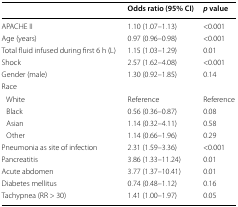
<table><thead><tr><td></td><td><b>Odds ratio (95% CI)</b></td><td><b><i>p</i> value</b></td></tr></thead><tbody><tr><td>APACHE II</td><td>1.10 (1.07–1.13)</td><td>&lt;0.001</td></tr><tr><td>Age (years)</td><td>0.97 (0.96–0.98)</td><td>&lt;0.001</td></tr><tr><td>Total fluid infused during first 6 h (L)</td><td>1.15 (1.03–1.29)</td><td>0.01</td></tr><tr><td>Shock</td><td>2.57 (1.62–4.08)</td><td>&lt;0.001</td></tr><tr><td>Gender (male)</td><td>1.30 (0.92–1.85)</td><td>0.14</td></tr><tr><td>Race</td><td></td><td></td></tr><tr><td> White</td><td>Reference</td><td>Reference</td></tr><tr><td> Black</td><td>0.56 (0.36–0.87)</td><td>0.08</td></tr><tr><td> Asian</td><td>1.14 (0.32–4.11)</td><td>0.58</td></tr><tr><td> Other</td><td>1.14 (0.66–1.96)</td><td>0.29</td></tr><tr><td>Pneumonia as site of infection</td><td>2.31 (1.59–3.36)</td><td>&lt;0.001</td></tr><tr><td>Pancreatitis</td><td>3.86 (1.33–11.24)</td><td>0.01</td></tr><tr><td>Acute abdomen</td><td>3.77 (1.37–10.41)</td><td>0.01</td></tr><tr><td>Diabetes mellitus</td><td>0.74 (0.48–1.12)</td><td>0.16</td></tr><tr><td>Tachypnea (RR &gt; 30)</td><td>1.41 (1.00–1.97)</td><td>0.05</td></tr></tbody></table>